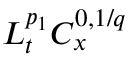
L _ { t } ^ { p _ { 1 } } C _ { x } ^ { 0 , 1 / q }